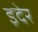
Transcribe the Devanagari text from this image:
इदेर